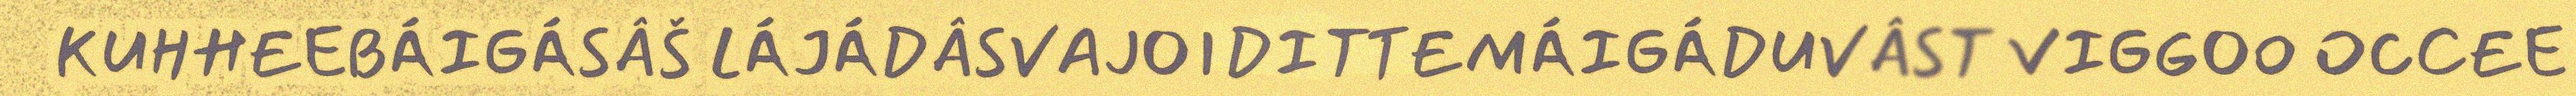
KUHHEEBÁIGÁSÂŠ LÁJÁDÂSVAJOIDITTEMÁIGÁDUVÂST VIGGOO OCCEE